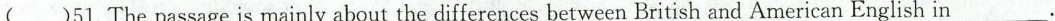
( )51. The passage is mainly about the differences between British and American English in ___.